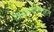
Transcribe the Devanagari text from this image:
क्रियापदविरहित